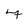
Character: 7